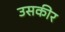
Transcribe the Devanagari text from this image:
उसकीर